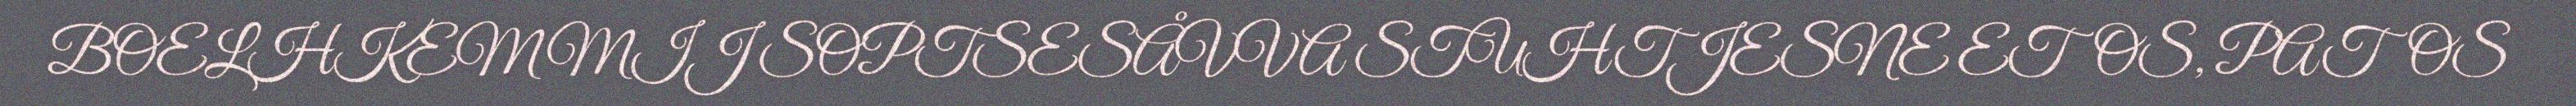
BOELHKEM MIJ SOPTSESÅVVA STUHTJESNE ETOS, PATOS